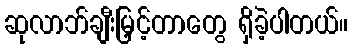
ဆုလာဘ်ချီးမြှင့်တာတွေ ရှိခဲ့ပါတယ်။